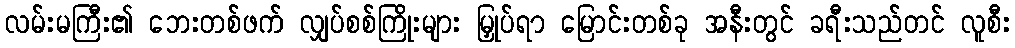
လမ်းမကြီး၏ ဘေးတစ်ဖက် လျှပ်စစ်ကြိုးများ မြှုပ်ရာ မြောင်းတစ်ခု အနီးတွင် ခရီးသည်တင် လူစီး